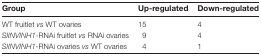
| Group | Up-regulated | Down-regulated |
 | --- | --- | --- |
 | WT fruitlet vs WT ovaries | 15 | 4 |
 | SlINVINH1-RNAi fruitlet vs RNAi ovaries | 9 | 4 |
 | SlINVINH1-RNAi ovaries vs WT ovaries | 4 | 1 |